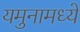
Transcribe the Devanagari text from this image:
यमुनामध्ये